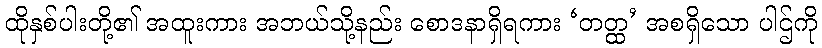
ထိုနှစ်ပါးတို့၏ အထူးကား အဘယ်သို့နည်း စောဒနာရှိရကား ‘တတ္ထ’ အစရှိသော ပါဌ်ကို